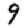
Digit: 9